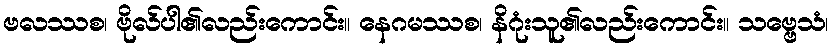
ဗလဿစ၊ ဗိုလ်ပါ၏လည်းကောင်း။ နေဂမဿစ၊ နိဂုံးသူ၏လည်းကောင်း။ သဗ္ဗေသံ၊